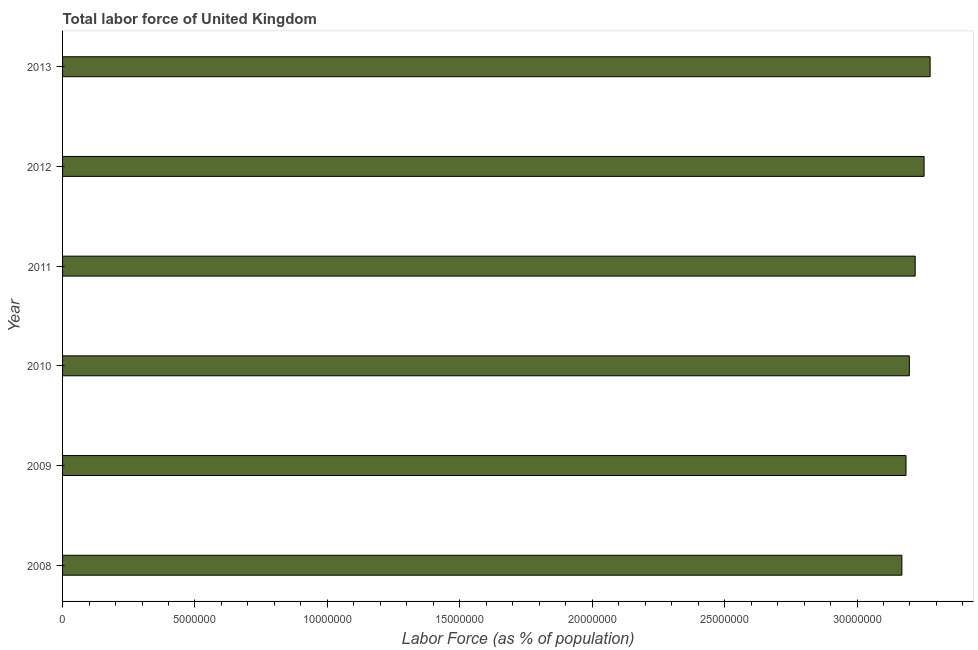
| Year | Labor force |
 | --- | --- |
 | 2008 | 3.17e+07 |
 | 2009 | 3.19e+07 |
 | 2010 | 3.2e+07 |
 | 2011 | 3.22e+07 |
 | 2012 | 3.25e+07 |
 | 2013 | 3.28e+07 |